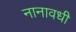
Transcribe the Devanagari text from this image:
नानावधी